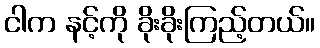
ငါက နင့်ကို ခိုးခိုးကြည့်တယ်။